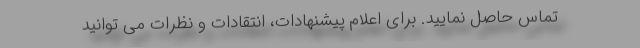
تماس حاصل نمایید. برای اعلام پیشنهادات، انتقادات و نظرات می توانید